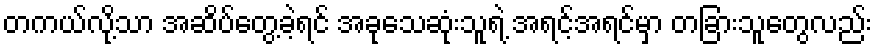
တကယ်လို့သာ အဆိပ်တွေ့ခဲ့ရင် အခုသေဆုံးသူရဲ့ အရင့်အရင်မှာ တခြားသူတွေလည်း